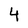
Character: 4